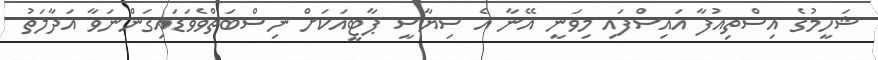
ޝަހީމުގެ އިސްތިއުފާ އައިސްފައި މިވަނީ އޭނާ އެ ސިޔާސީ ޕާޓީއަކަށް ނިސްބަތްވެވަޑައިގަންނަވާ އަދާލަތު